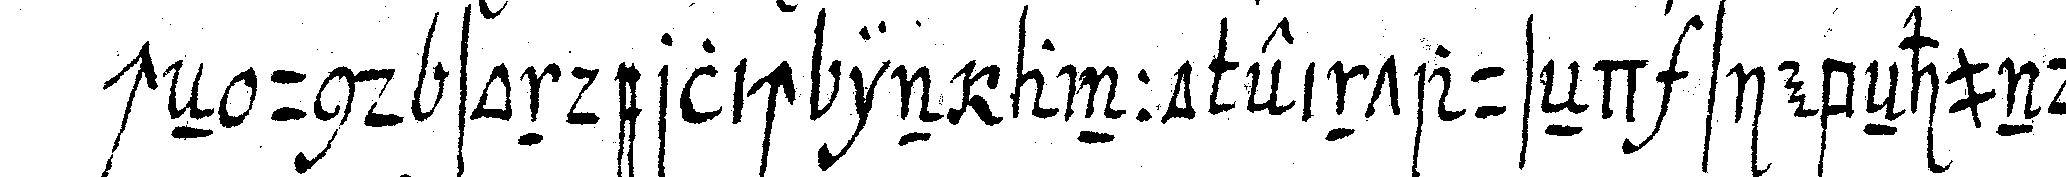
cheN und sonderlich in anno eintauseNd siebeNhundert